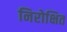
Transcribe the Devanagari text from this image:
निरोक्षित